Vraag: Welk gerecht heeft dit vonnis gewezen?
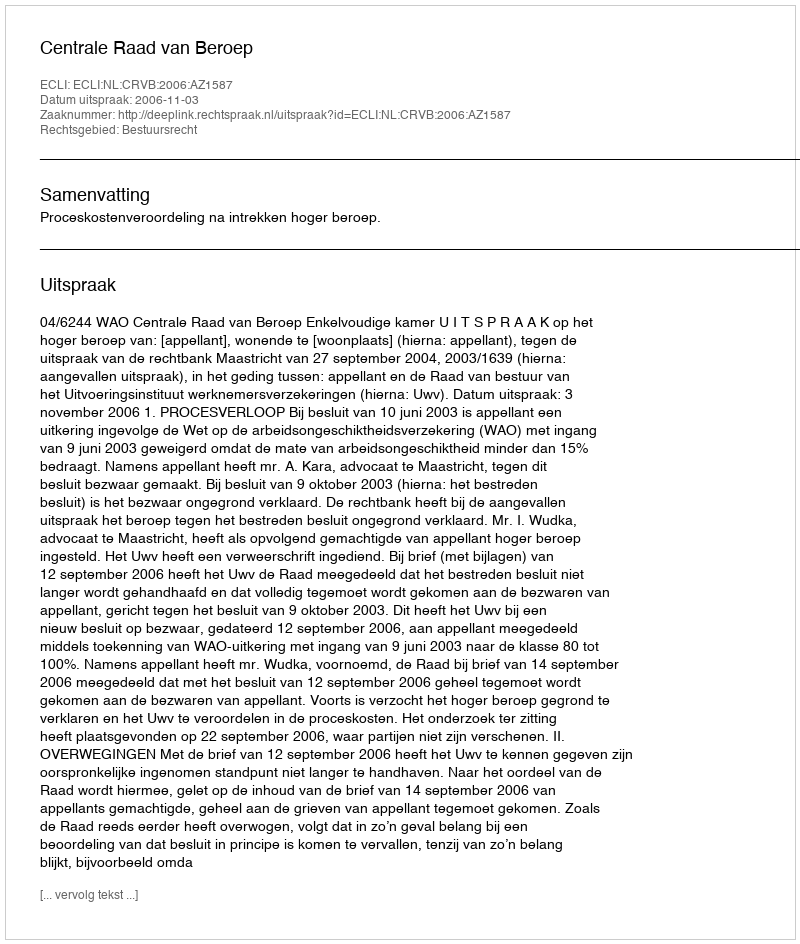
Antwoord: Centrale Raad van Beroep